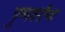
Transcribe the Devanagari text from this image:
पुष्पदरीचा